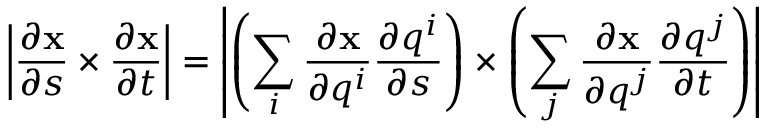
\left| { \frac { \partial \mathbf { x } } { \partial s } } \times { \frac { \partial \mathbf { x } } { \partial t } } \right| = \left| \left( \sum _ { i } { \frac { \partial \mathbf { x } } { \partial q ^ { i } } } { \frac { \partial q ^ { i } } { \partial s } } \right) \times \left( \sum _ { j } { \frac { \partial \mathbf { x } } { \partial q ^ { j } } } { \frac { \partial q ^ { j } } { \partial t } } \right) \right|